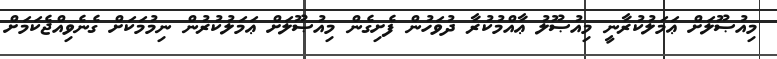
މިއުޞޫލަށް ޢަމަލުކުރާނީ މިއުޞޫލު ޢާއްމުކުރާ ދުވަހުން ފެށިގެން މިއުޞޫލަށް ޢަމަލުކުރުން ނިމުމަކަށް ގެނެވިއްޖެކަމަށް